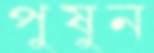
পুষুন